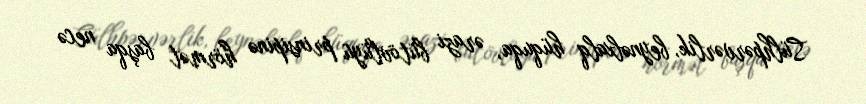
Sülhpərvərlik, beynəlxalq hüquqa, ərazi bütövlüyü prinsipinə hörmət başqa necə